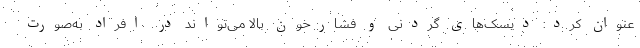
عنوان کرد: دیسک‌های گردنی و فشارخون بالا می‌تواند در افراد به‌صورت